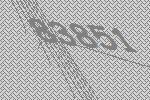
83851